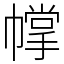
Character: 幥